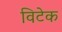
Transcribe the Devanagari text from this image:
विटेक